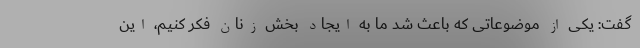
گفت: یکی از موضوعاتی که باعث شد ما به ایجاد بخش زنان فکر کنیم، این